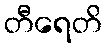
တီရေတိ